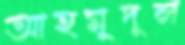
আহমুদুল